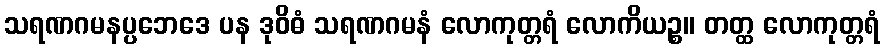
သရဏဂမနပ္ပဘေဒေ ပန ဒုဝိဓံ သရဏဂမနံ လောကုတ္တရံ လောကိယဉ္စ။ တတ္ထ လောကုတ္တရံ